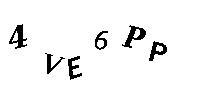
4VE6PP